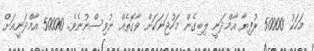
މަހަކު 50000 ރުފިޔާ އާމްދަނީ ލިބިގެން މަހުޖަނަކަށް ވާގޮތެއް ނުވިސްނުނެވެ. 50000 އާމްދަނީއަށް